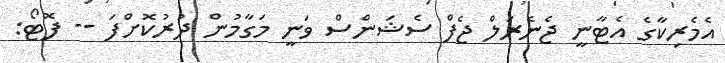
އެމެރިކާގެ އެޓާނީ ޖެނެރަލް ޖެފް ސެޝަންސް ވަނީ މަގާމުން ދުރުކޮށްފަ -- ފޮޓޯ: